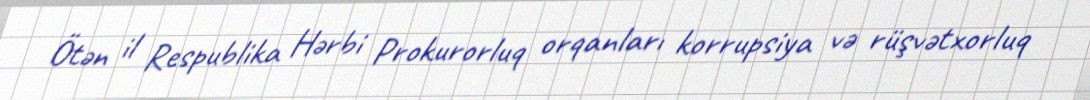
Ötən il Respublika Hərbi Prokurorluq orqanları korrupsiya və rüşvətxorluq